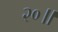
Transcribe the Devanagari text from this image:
२०॥